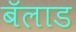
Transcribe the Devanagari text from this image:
बॅलाड